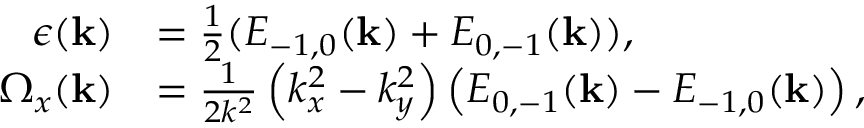
\begin{array} { r l } { \epsilon ( \mathbf { k } ) } & { = \frac { 1 } { 2 } ( E _ { - 1 , 0 } ( \mathbf { k } ) + E _ { 0 , - 1 } ( \mathbf { k } ) ) , } \\ { \Omega _ { x } ( \mathbf { k } ) } & { = \frac { 1 } { 2 k ^ { 2 } } \left( k _ { x } ^ { 2 } - k _ { y } ^ { 2 } \right) \left( E _ { 0 , - 1 } ( \mathbf { k } ) - E _ { - 1 , 0 } ( \mathbf { k } ) \right) , } \end{array}